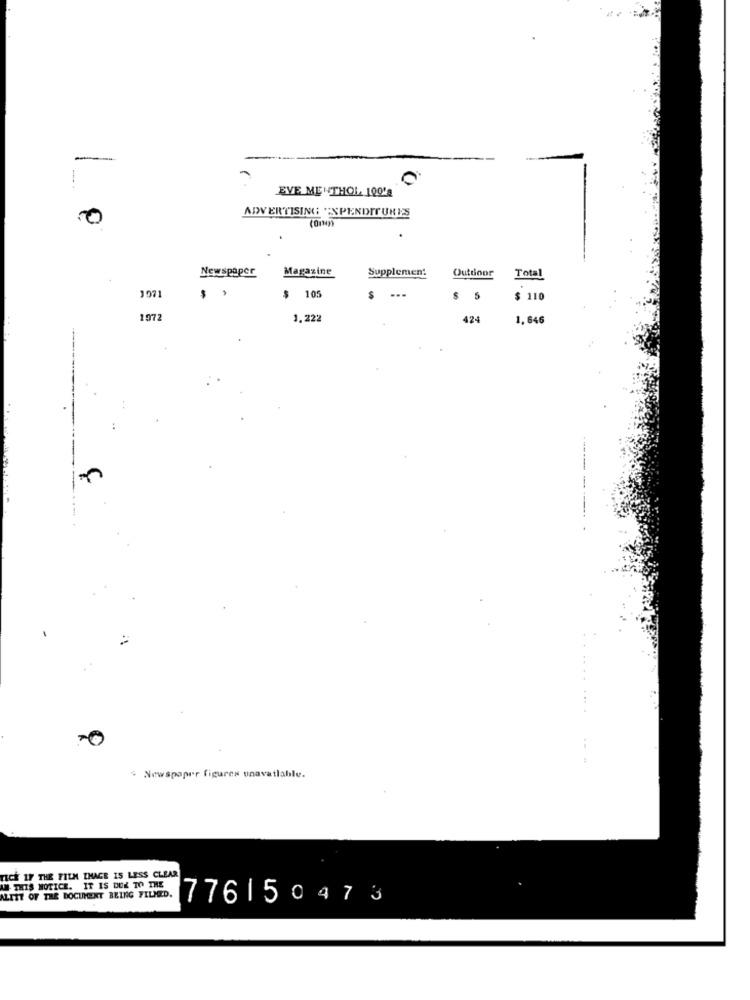
--
EVE MENTHOL 100's
ADVERTISING EXPENDITURES
COINn
Newspaper
Magazine
Supplemen:
Outdoor
Total
107
$
105
$ 110
1972
1.222
424
1. 646
. .
* Newspaper figures unavailable.
TICK IF THE FILM IMAGE IS LESS CLEAR
ANN THIS NOTICE. IT IS DUE TO THE
ALITY OF THE DOCUMENT BEING FILMED.
1776150473